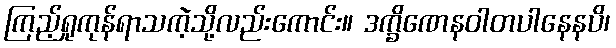
ကြည့်ရှုကုန်ရာသကဲ့သို့လည်းကောင်း။ ဒက္ခိဏေနဝါတပါနေနပိ၊